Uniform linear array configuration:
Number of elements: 64
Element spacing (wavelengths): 1
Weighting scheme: binomial
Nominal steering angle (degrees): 45
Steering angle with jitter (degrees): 44.222
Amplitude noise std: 0.05
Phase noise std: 0.05

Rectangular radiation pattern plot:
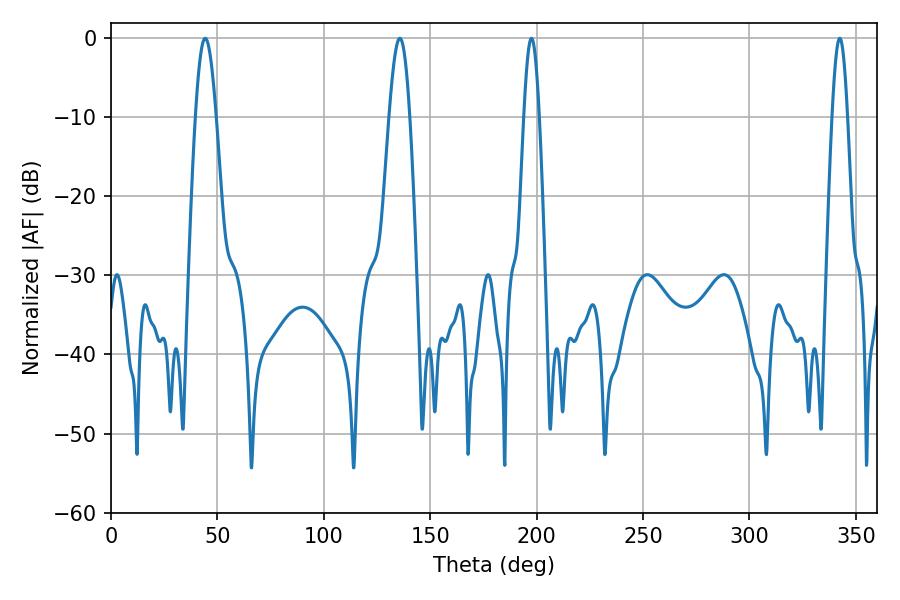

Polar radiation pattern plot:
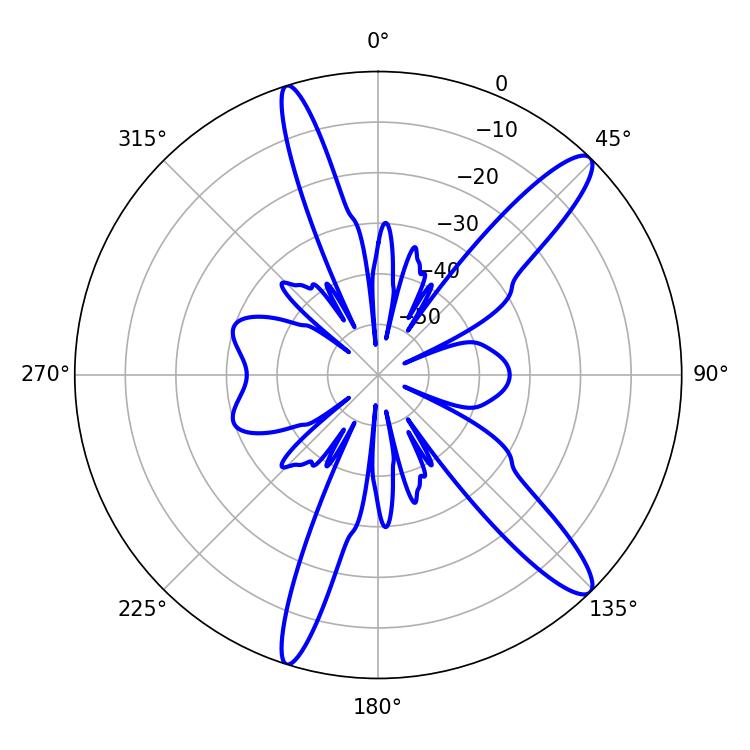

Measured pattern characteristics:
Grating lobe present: TRUE
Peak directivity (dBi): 13.239
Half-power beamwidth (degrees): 5.22
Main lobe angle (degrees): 44.28